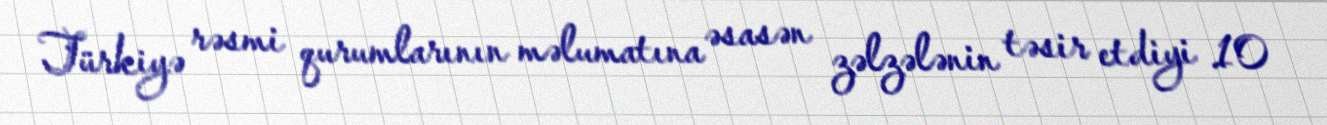
Türkiyə rəsmi qurumlarının məlumatına əsasən zəlzələnin təsir etdiyi 10